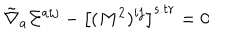
\tilde { \nabla } _ { a } \Sigma ^ { a i j } - \left[ ( M ^ { 2 } ) ^ { i j } \right] ^ { s . t r } = 0